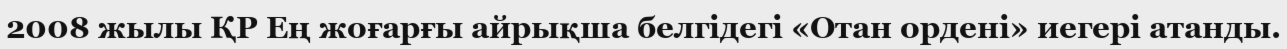
2008 жылы ҚР Ең жоғарғы айрықша белгідегі «Отан ордені» иегері атанды.